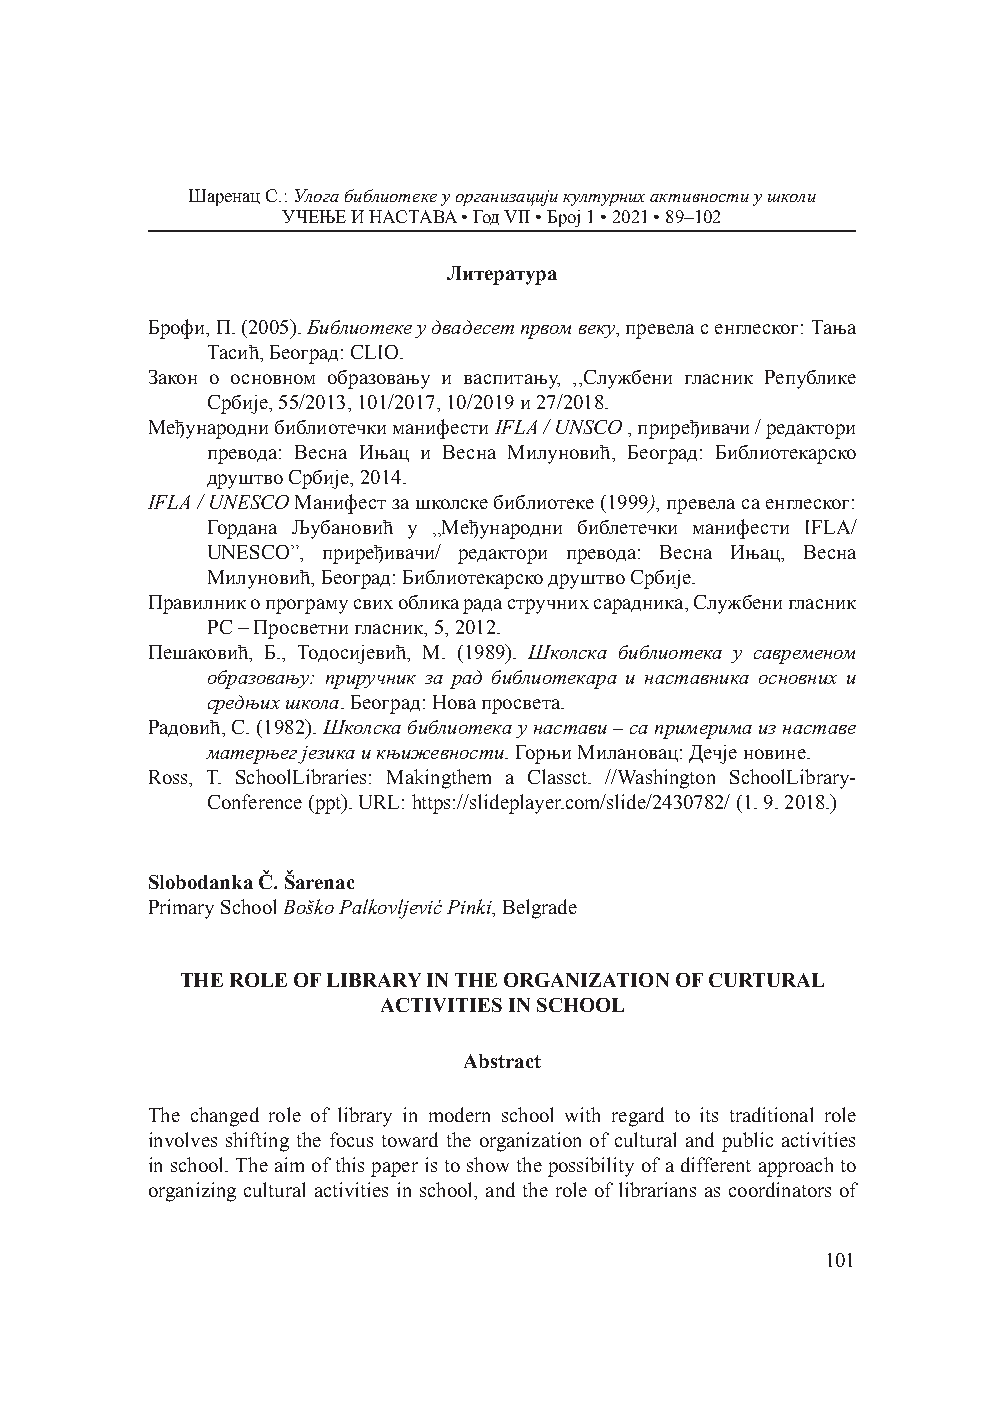
Шаренац С.: Улога библиотеке у организацији културних активности у школи
 УЧЕЊЕ И НАСТАВА • Год VII • Број 1 • 2021 • 89–102
 Литература
 Брофи, П. (2005). Библиотеке у двадесет првом веку, превела с енглеског: Тања
 Тасић, Београд: CLIO.
 Закон о основном образовању и васпитању, ,,Службени гласник Републике
 Србије, 55/2013, 101/2017, 10/2019 и 27/2018.
 Међународни библиотечки манифести IFLA / UNSCO , приређивачи / редактори
 превода: Весна Ињац и Весна Милуновић, Београд: Библиотекарско
 друштво Србије, 2014.
 IFLA / UNESCO Манифест за школске библиотеке (1999), превела са енглеског:
 Гордана Љубановић у „Међународни библетечки манифести IFLA/
 UNESCO”, приређивачи/ редактори превода: Весна Ињац, Весна
 Милуновић, Београд: Библиотекарско друштво Србије.
 Правилник о програму свих облика рада стручних сарадника, Службени гласник
 РС – Просветни гласник, 5, 2012.
 Пешаковић, Б., Тодосијевић, М. (1989). Школска библиотека у савременом
 образовању: приручник за рад библиотекара и наставника основних и
 средњих школа. Београд: Нова просвета.
 Радовић, С. (1982). Школска библиотека у настави – са примерима из наставе
 матерњег језика и књижевности. Горњи Милановац: Дечје новине.
 Ross, Т. SchoolLibraries: Makingthem a Classct. //Washington SchoolLibrary-
 Conference (ppt). URL: https://slideplayer.com/slide/2430782/ (1. 9. 2018.)
 Slobodanka Č. Šarenac
 Primary School Boško Palkovljević Pinki, Belgrade
 THE ROLE OF LIBRARY IN THE ORGANIZATION OF CURTURAL
 ACTIVITIES IN SCHOOL
 Abstract
 The changed role of library in modern school with regard to its traditional role
 involves shifting the focus toward the organization of cultural and public activities
 in school. The aim of this paper is to show the possibility of a different approach to
 organizing cultural activities in school, and the role of librarians as coordinators of
 101